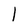
Character: l